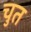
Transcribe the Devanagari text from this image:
चुत